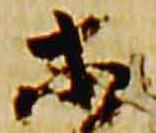
等